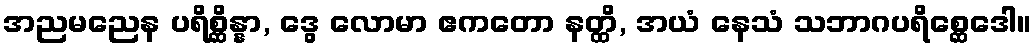
အညမညေန ပရိစ္ဆိန္နာ, ဒွေ လောမာ ဧကတော နတ္ထိ, အယံ နေသံ သဘာဂပရိစ္ဆေဒေါ။